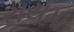
રાયમા